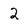
Character: 2